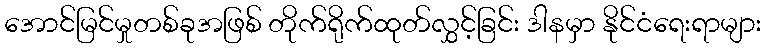
အောင်မြင်မှုတစ်ခုအဖြစ် တိုက်ရိုက်ထုတ်လွှင့်ခြင်း ဒါနမှာ နိုင်ငံရေးရာများ